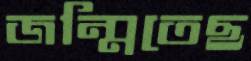
জন্মিতেছ